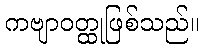
ကဗျာဝတ္ထုဖြစ်သည်။